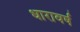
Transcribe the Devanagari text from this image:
धारावर्ष